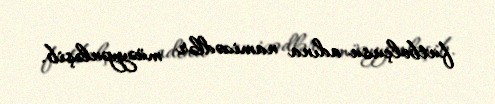
futbolçusu adına namizədlər müəyyənləşib.